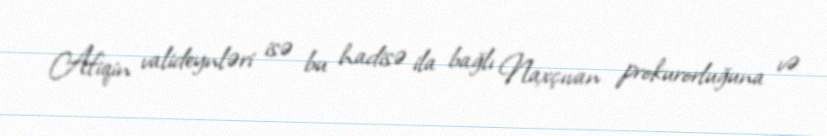
Afiqin valideynləri isə bu hadisə ila bağlı Naxçıvan prokurorluğuna və